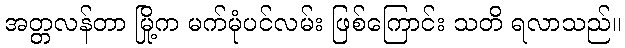
အတ္တလန်တာ မြို့က မက်မုံပင်လမ်း ဖြစ်ကြောင်း သတိ ရလာသည်။